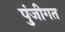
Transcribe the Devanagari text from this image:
पुंजीगत